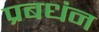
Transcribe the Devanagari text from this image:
प्रबधंन